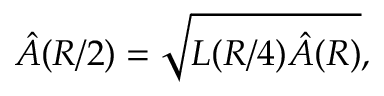
\hat { A } ( R / 2 ) = \sqrt { L ( R / 4 ) \hat { A } ( R ) } ,